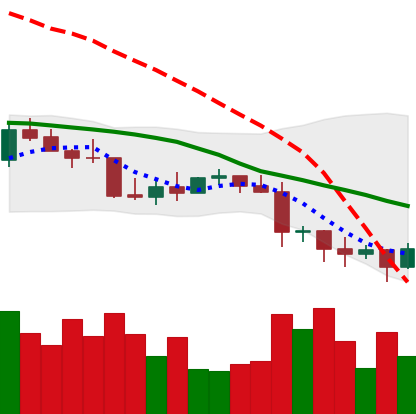
Ticker: LTC-USD
Chart end date: 2022-01-11
Forward return: 11.394%
Label: up_7plus